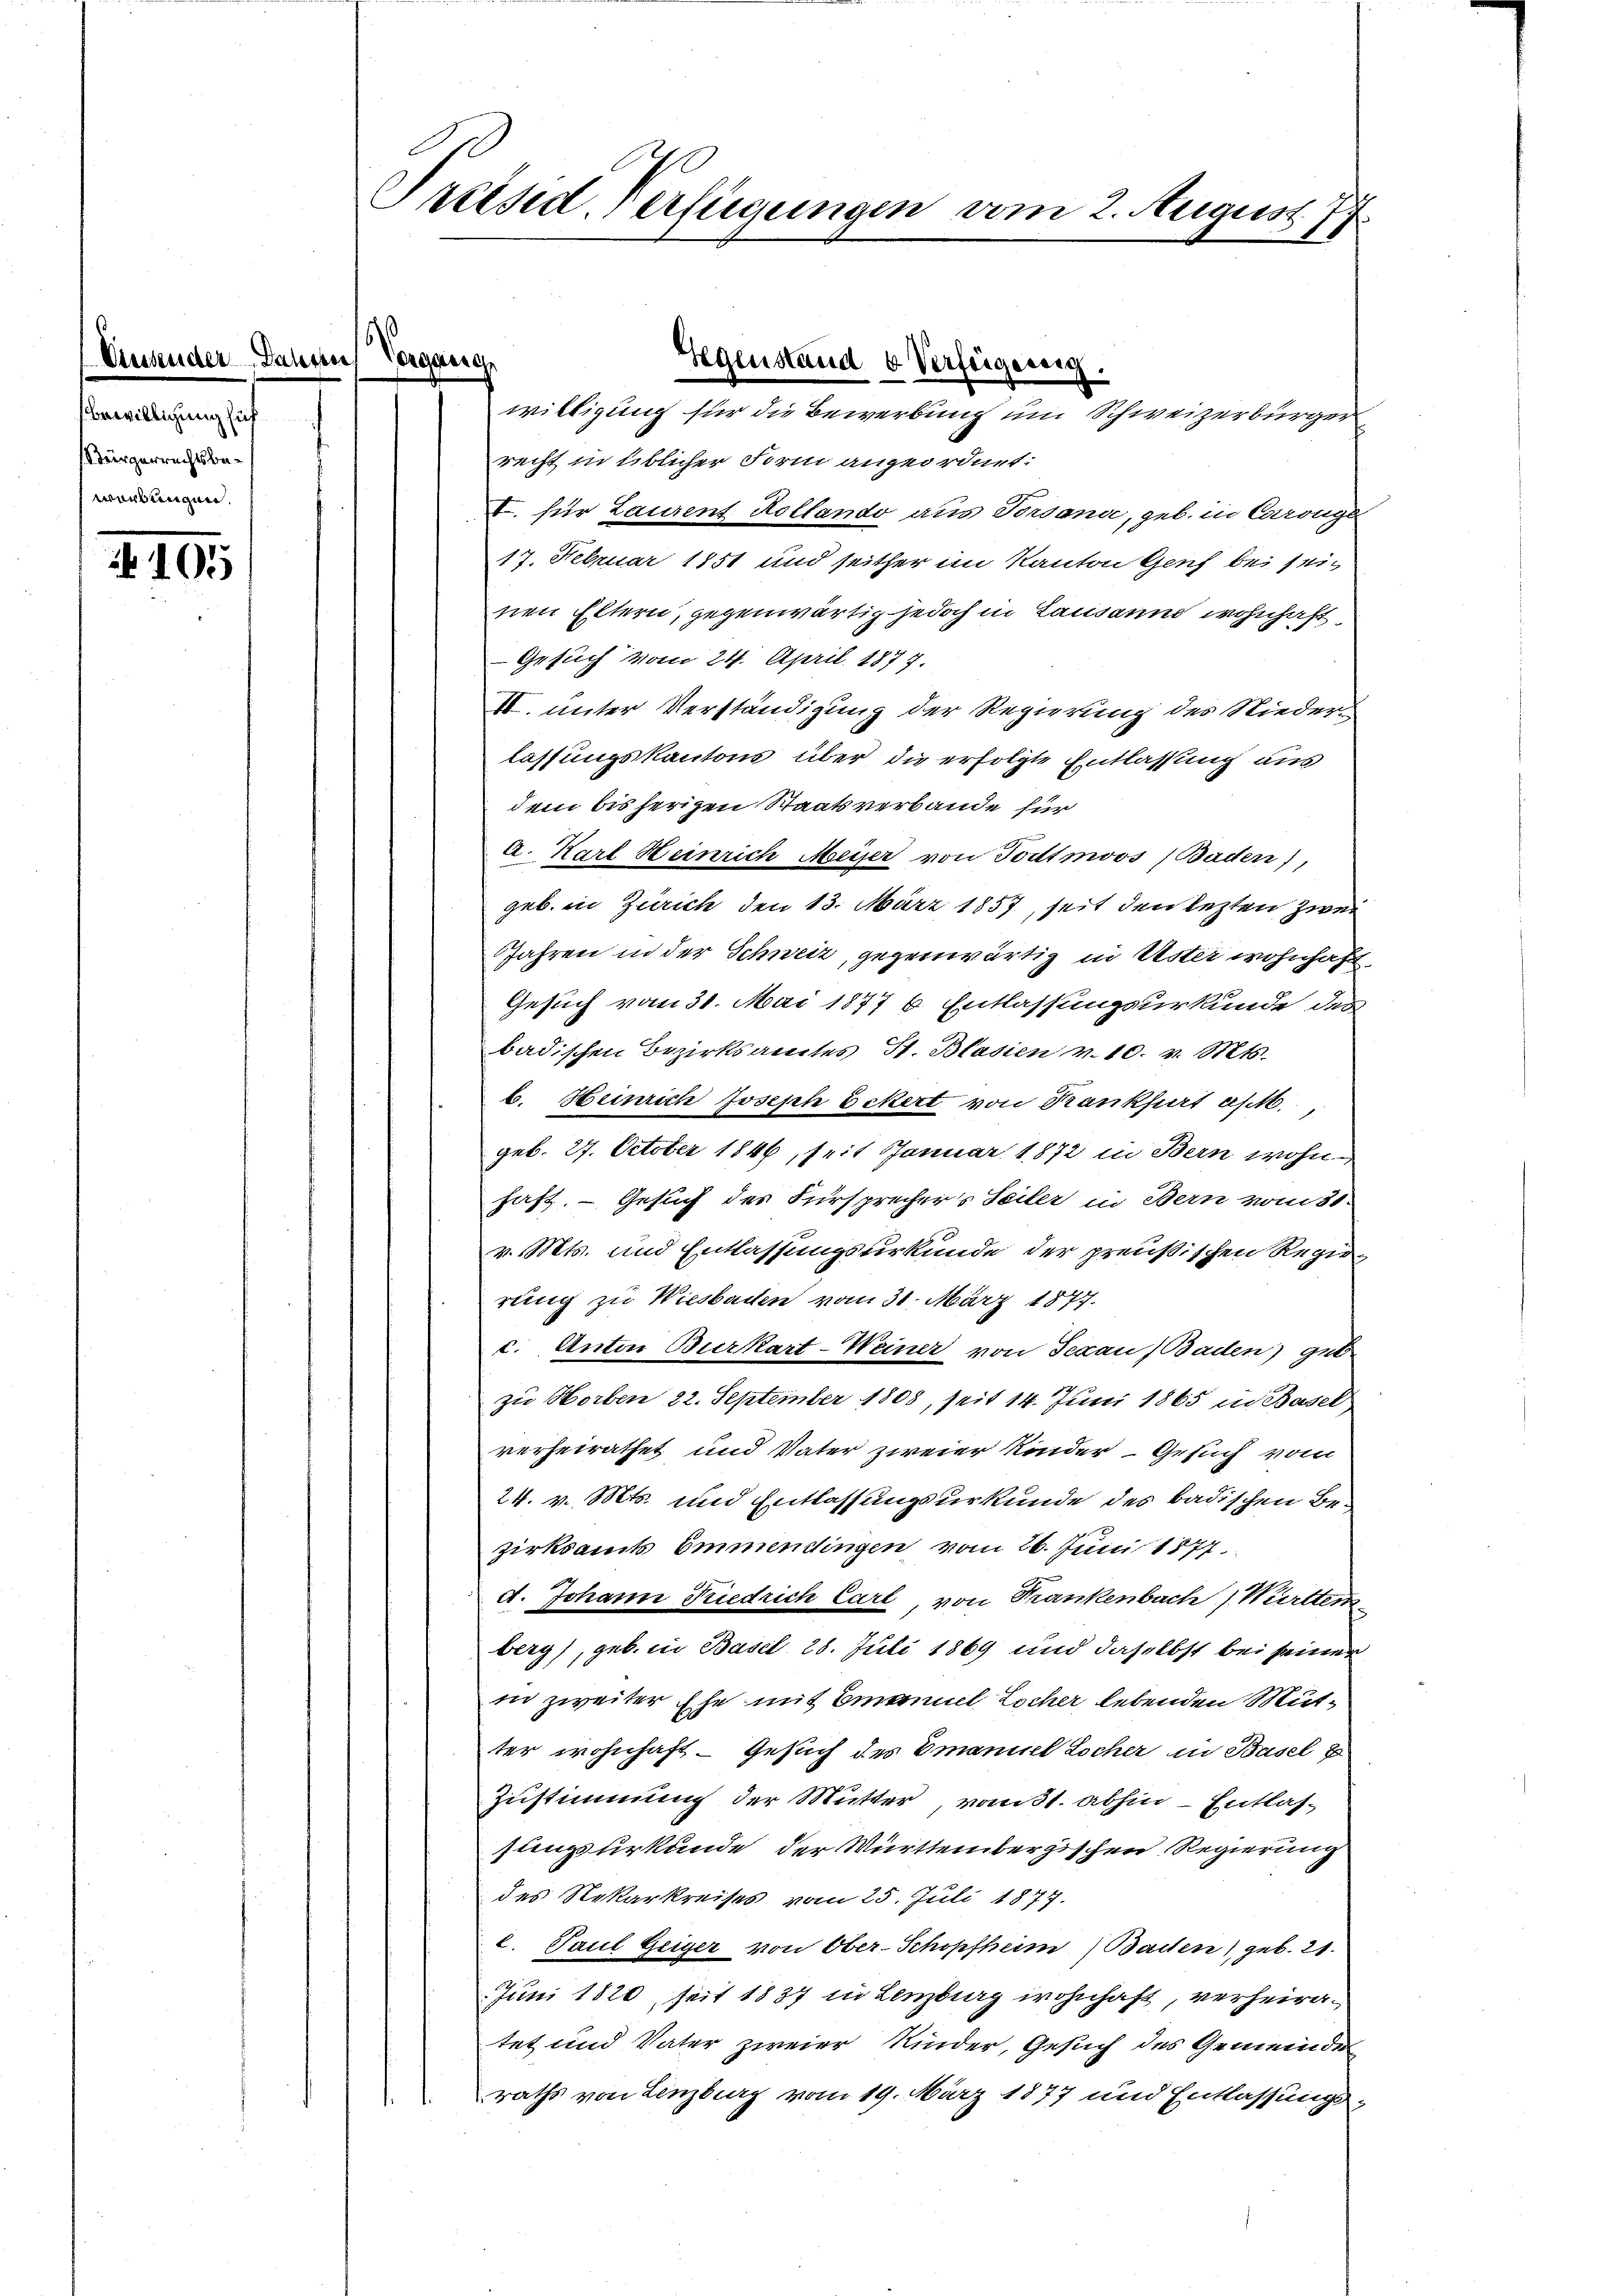
Einsender Jahren Vergang
Bewilligung auf
Sürgerrechtsbewerbungen.

105

Preised-Verfügungen vom 2. August 177

recht in üblicher Form angeordnet.
I. für Laurent Kollando aus Torsana, geb. in Coronge
17. Februar 1851 und seither im Kanton Genf bei seinen Eltern, gegenwärtig jedoch in Lausanne wohnhaft
Gesuch vom 24. April 1877.
II. unter Verständigung der Regierung des Nieder-
lassungskantons über die erfolgte Entlassung aus
dem bis herigen Staatsverbande für
a. Karl Heinrich Meiser von Tortmoos, Baden),
geb. in Zürich den 13. März 1857, seit den lezten zwei
Jahren in der Schweiz, gegenwärtig in Uster wohnhaft
Gesuch vom 31. Mai 1877 b. Entlassungsurkunde des
badischen Bezirksamtes St. Blasien v. 10. v. Mts.
b. Heinrich Joseph Eckert von Krankfurt ast.
geb. 27. October 1846, seit Januar 1872 in Bern wohn-
hast. — Gesuch des Fürsprechers Seiler in Bern vom 31.
v. Mts. und Entlassungsurkunde der preußischen Regie-
rung zu Wiesbaden vom 31. März 1877.
c. Anton Burkart-Weiner von Decan Baden) geb.
zu Horben 22. September 1808, seit 14. Juni 1865 in Basel
verheirathet und Vater zweier Kinder - Gesuch vom
24. v. Mts. und Entlassungsurkunde des badischen Bezirksamts Emmendingen vom 26. Juni 1877.
A. Johann Kiedrich Carl, von Frankenbach Württem
berg), geb. in Basel 28. Juli 1869 und daselbst bei seiner
in zweiter Ehe mit Emanuel Locher lebenden Mutter wohnhaft. Gesuch des Emanuel Locher in Basel z
Zustimmung der Mutter vom 31. abhin - Entlas-
sungsurkunde der Württembergischen Regierung
des Rekarkreises vom 25. Juli 1877.
2. Paul Geiger von Ober-Schopfheim (Baden) geb. 21.
Juni 1820, seit 1837 in Lenzburg wohnhaft, verheiratet und Vater zweier Kinder, Gesuch des Gemeinde
raths von Lenzburg vom 19. März 1877 und Entlassungs-

Gegenstand b Verfeigennig.
willigung für die Bewerbung um Schweizerbürger